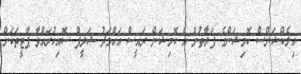
އިލެކްޝަންސް ކޮމިޝަންގެ ފަރާތުން އެ ކޮމިޝަން ރައީސް އަހްމަދު ޝަރީފް ސޮއިކުރައްވާ ޕާޓީތަކަށް